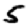
Digit: 5